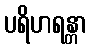
ပရိဟရန္တာ